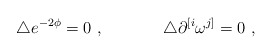
\begin{align*}\triangle e^{-2\phi} = 0\ , \hskip 1.5truecm \triangle\partial^{[i}\omega^{j]}=0\ ,\end{align*}